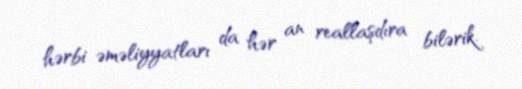
hərbi əməliyyatları da hər an reallaşdıra bilərik.